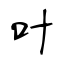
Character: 叶